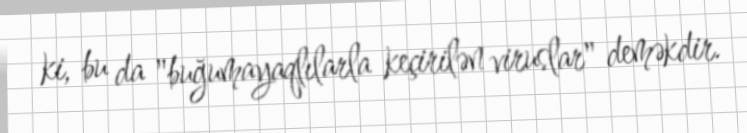
ki, bu da "buğumayaqlılarla keçirilən viruslar" deməkdir.